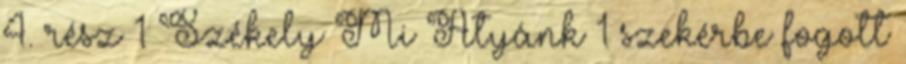
4. rész 1 Székely Mi Atyánk 1 szekérbe fogott